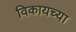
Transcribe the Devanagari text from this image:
विकायच्या